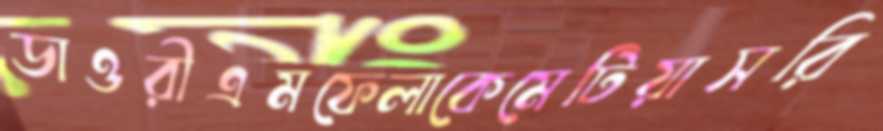
ডাওরীএমফেলাকেমেটিয়াসরি